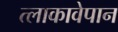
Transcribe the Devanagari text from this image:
त्लाकावेपान